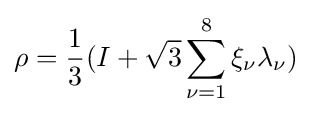
\rho ={\frac {1}{3}}(I+{\sqrt {3}}\sum _{\nu =1}^{8}\xi _{\nu }\lambda _{\nu })